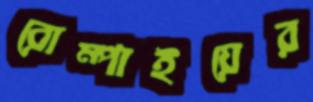
রোম্পাইয়ের